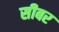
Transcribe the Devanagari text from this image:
सीबर